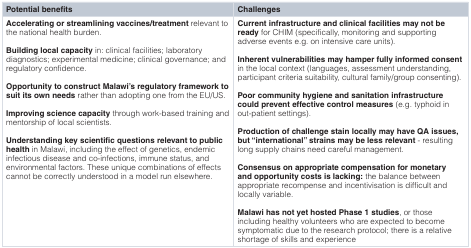
| Potential benefits | Challenges |
 | --- | --- |
 | Accelerating or streamlining vaccines/treatment relevant tothe national health burden.Building local capacity in: clinical facilities; laboratorydiagnostics; experimental medicine; clinical governance; andregulatory confidence.Opportunity to construct Malawi’s regulatory framework tosuit its own needs rather than adopting one from the EU/US.Improving science capacity through work-based training andmentorship of local scientists.Understanding key scientific questions relevant to publichealth in Malawi, including the effect of genetics, endemicinfectious disease and co-infections, immune status, andenvironmental factors. These unique combinations of effectscannot be correctly understood in a model run elsewhere. | Current infrastructure and clinical facilities may not beready for CHIM (specifically, monitoring and supportingadverse events e.g. on intensive care units).Inherent vulnerabilities may hamper fully informed consent in the local context (languages, assessment understanding,participant criteria suitability, culturalfamily/group consenting).Poor community hygiene and sanitation infrastructurecould prevent effective control measures (e.g. typhoid in out-patient settings).Production of challenge stain locally may have QA issues,but “international” strains may be less relevant - resultinglong supply chains need careful management.Consensus on appropriate compensation for monetaryand opportunity costs is lacking: the balance betweenappropriate recompense and incentivisation is difficult andlocally variable.Malawi has not yet hosted Phase 1 studies, or thoseincluding healthy volunteers who are expected to becomesymptomatic due to the research protocol; there is a relativeshortage of skills and experience |